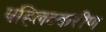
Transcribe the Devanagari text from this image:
पहिलटकरीण